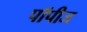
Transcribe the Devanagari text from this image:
पॉपीज